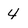
Character: 4